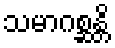
သမာဂစ္ဆန္တိ